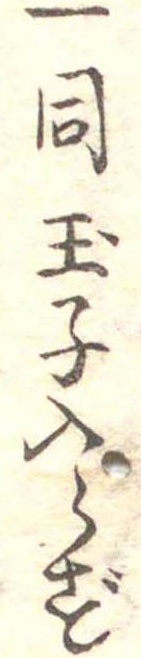
一同玉子入らず